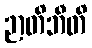
ဉာတိဘီတိ